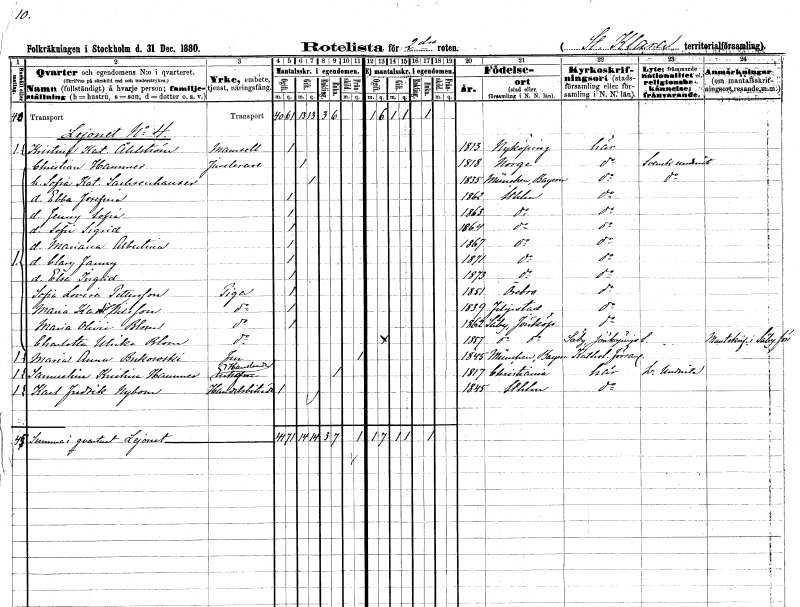
gt_parse: households: individuals: FN: Kristina Katarina
EN: Åhlström
KON: K
CIV: O
FODAR: 1813
FODFORS: Nyköping Södermanlands län
FN: Christian
EN: Hammer
YRKE: Juvelerare
KON: M
CIV: G
FODAR: 1818
FN: Sofia Katarina
EN: Sachsenhauser
KON: K
CIV: G
FODAR: 1835
FN: Ebba Josefina
KON: K
CIV: O
FODAR: 1862
FODFORS: Stockholm
FN: Jenny Sofia
KON: K
CIV: O
FODAR: 1863
FODFORS: Stockholm
FN: Sofia Sigrid
KON: K
CIV: O
FODAR: 1864
FODFORS: Stockholm
FN: Mariana Albertina
KON: K
CIV: O
FODAR: 1867
FODFORS: Stockholm
FN: Clary Fanny
KON: K
CIV: O
FODAR: 1871
FODFORS: Stockholm
FN: Elsa Ingrid
KON: K
CIV: O
FODAR: 1873
FODFORS: Stockholm
FN: Sofia Lovisa
EN: Pettersson
YRKE: Piga
KON: K
CIV: O
FODAR: 1851
FODFORS: Örebro Örebro län
FN: Maria Karolina
EN: Nilsson
YRKE: Piga
KON: K
CIV: O
FODAR: 1839
FODFORS: Filipstad Värmlands län
FN: Maria Olivia
EN: Blom
YRKE: Piga
KON: K
CIV: O
FODAR: 1862
FODFORS: Säby Jönköpings län
FN: Charlotta Ulrika
EN: Blom
YRKE: Piga
KON: K
CIV: O
FODAR: 1857
FODFORS: Säby Jönköpings län
FN: Maria Anna
EN: Bukowski
KON: K
CIV: X
FODAR: 1845
FN: Samuelina Kristina
EN: Hammer
YRKE: Handlandeänka
KON: K
CIV: E
FODAR: 1817
FN: Karl Fredrik
EN: Nybom
YRKE: Handelsbiträde
KON: M
CIV: O
FODAR: 1845
FODFORS: Stockholm